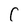
Character: C